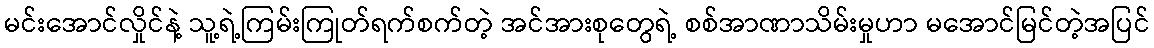
မင်းအောင်လှိုင်နဲ့ သူ့ရဲ့ကြမ်းကြုတ်ရက်စက်တဲ့ အင်အားစုတွေရဲ့ စစ်အာဏာသိမ်းမှုဟာ မအောင်မြင်တဲ့အပြင်